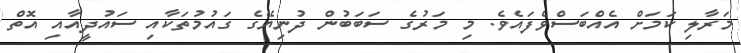
މަރާލި ކަމަށް އެއްބަސްވެފައެވެ. މި މަރުގެ ސަބަބުން ދުނިޔޭގެ ގައުމުތަކާއި ސައުދީއާއި އޮތް